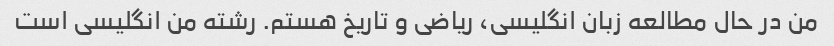
من در حال مطالعه زبان انگلیسی، ریاضی و تاریخ هستم. رشته من انگلیسی است